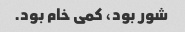
شور بود، کمی خام بود.